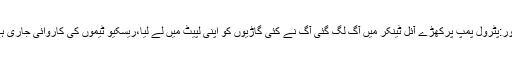
لاہور:پٹرول پمپ پرکھڑے آئل ٹینکر میں آگ لگ گئی آگ نے کئی گاڑیوں‌ کو اپنی لپیٹ میں لے لیا،ریسکیو ٹیموں کی کاروائی جاری ہے۔